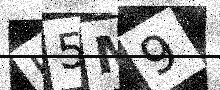
Text: J5M9